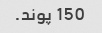
150 پوند.